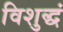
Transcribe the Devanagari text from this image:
विशुद्धं